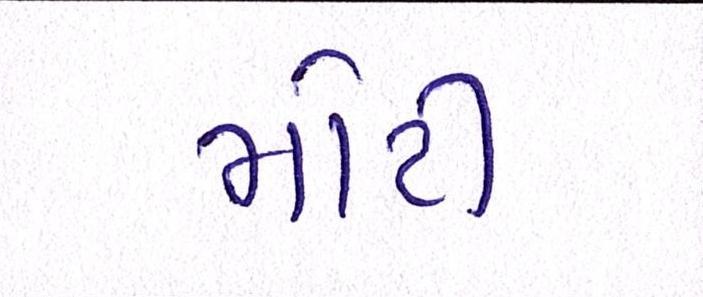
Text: મોટી